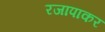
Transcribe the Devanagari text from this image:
रजापाकर